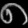
Digit: ၈